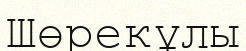
Шөрекұлы